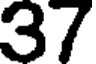
37